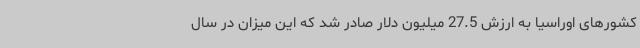
کشورهای اوراسیا به ارزش 27.5 میلیون دلار صادر شد که این میزان در سال